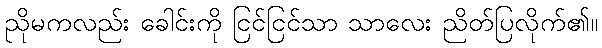
ညိုမကလည်း ခေါင်းကို ငြင်ငြင်သာ သာလေး ညိတ်ပြလိုက်၏။